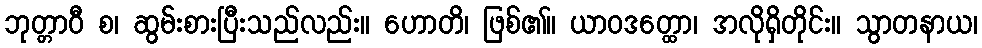
ဘုတ္တာဝီ စ၊ ဆွမ်းစားပြီးသည်လည်း။ ဟောတိ၊ ဖြစ်၏။ ယာဝဒတ္ထော၊ အလိုရှိတိုင်း။ သွာတနာယ၊